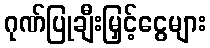
ဂုဏ်ပြုချီးမြှင့်ငွေများ